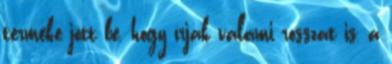
terméke jött be, hogy írjak valami rosszat is, a